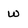
Character: w